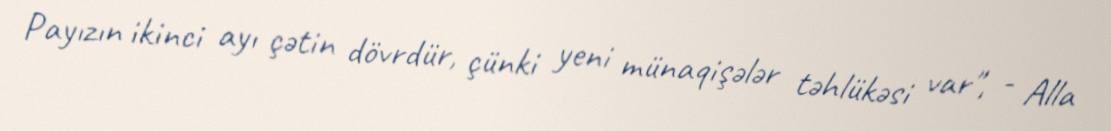
Payızın ikinci ayı çətin dövrdür, çünki yeni münaqişələr təhlükəsi var", - Alla